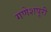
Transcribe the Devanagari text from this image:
गणेशपूरी